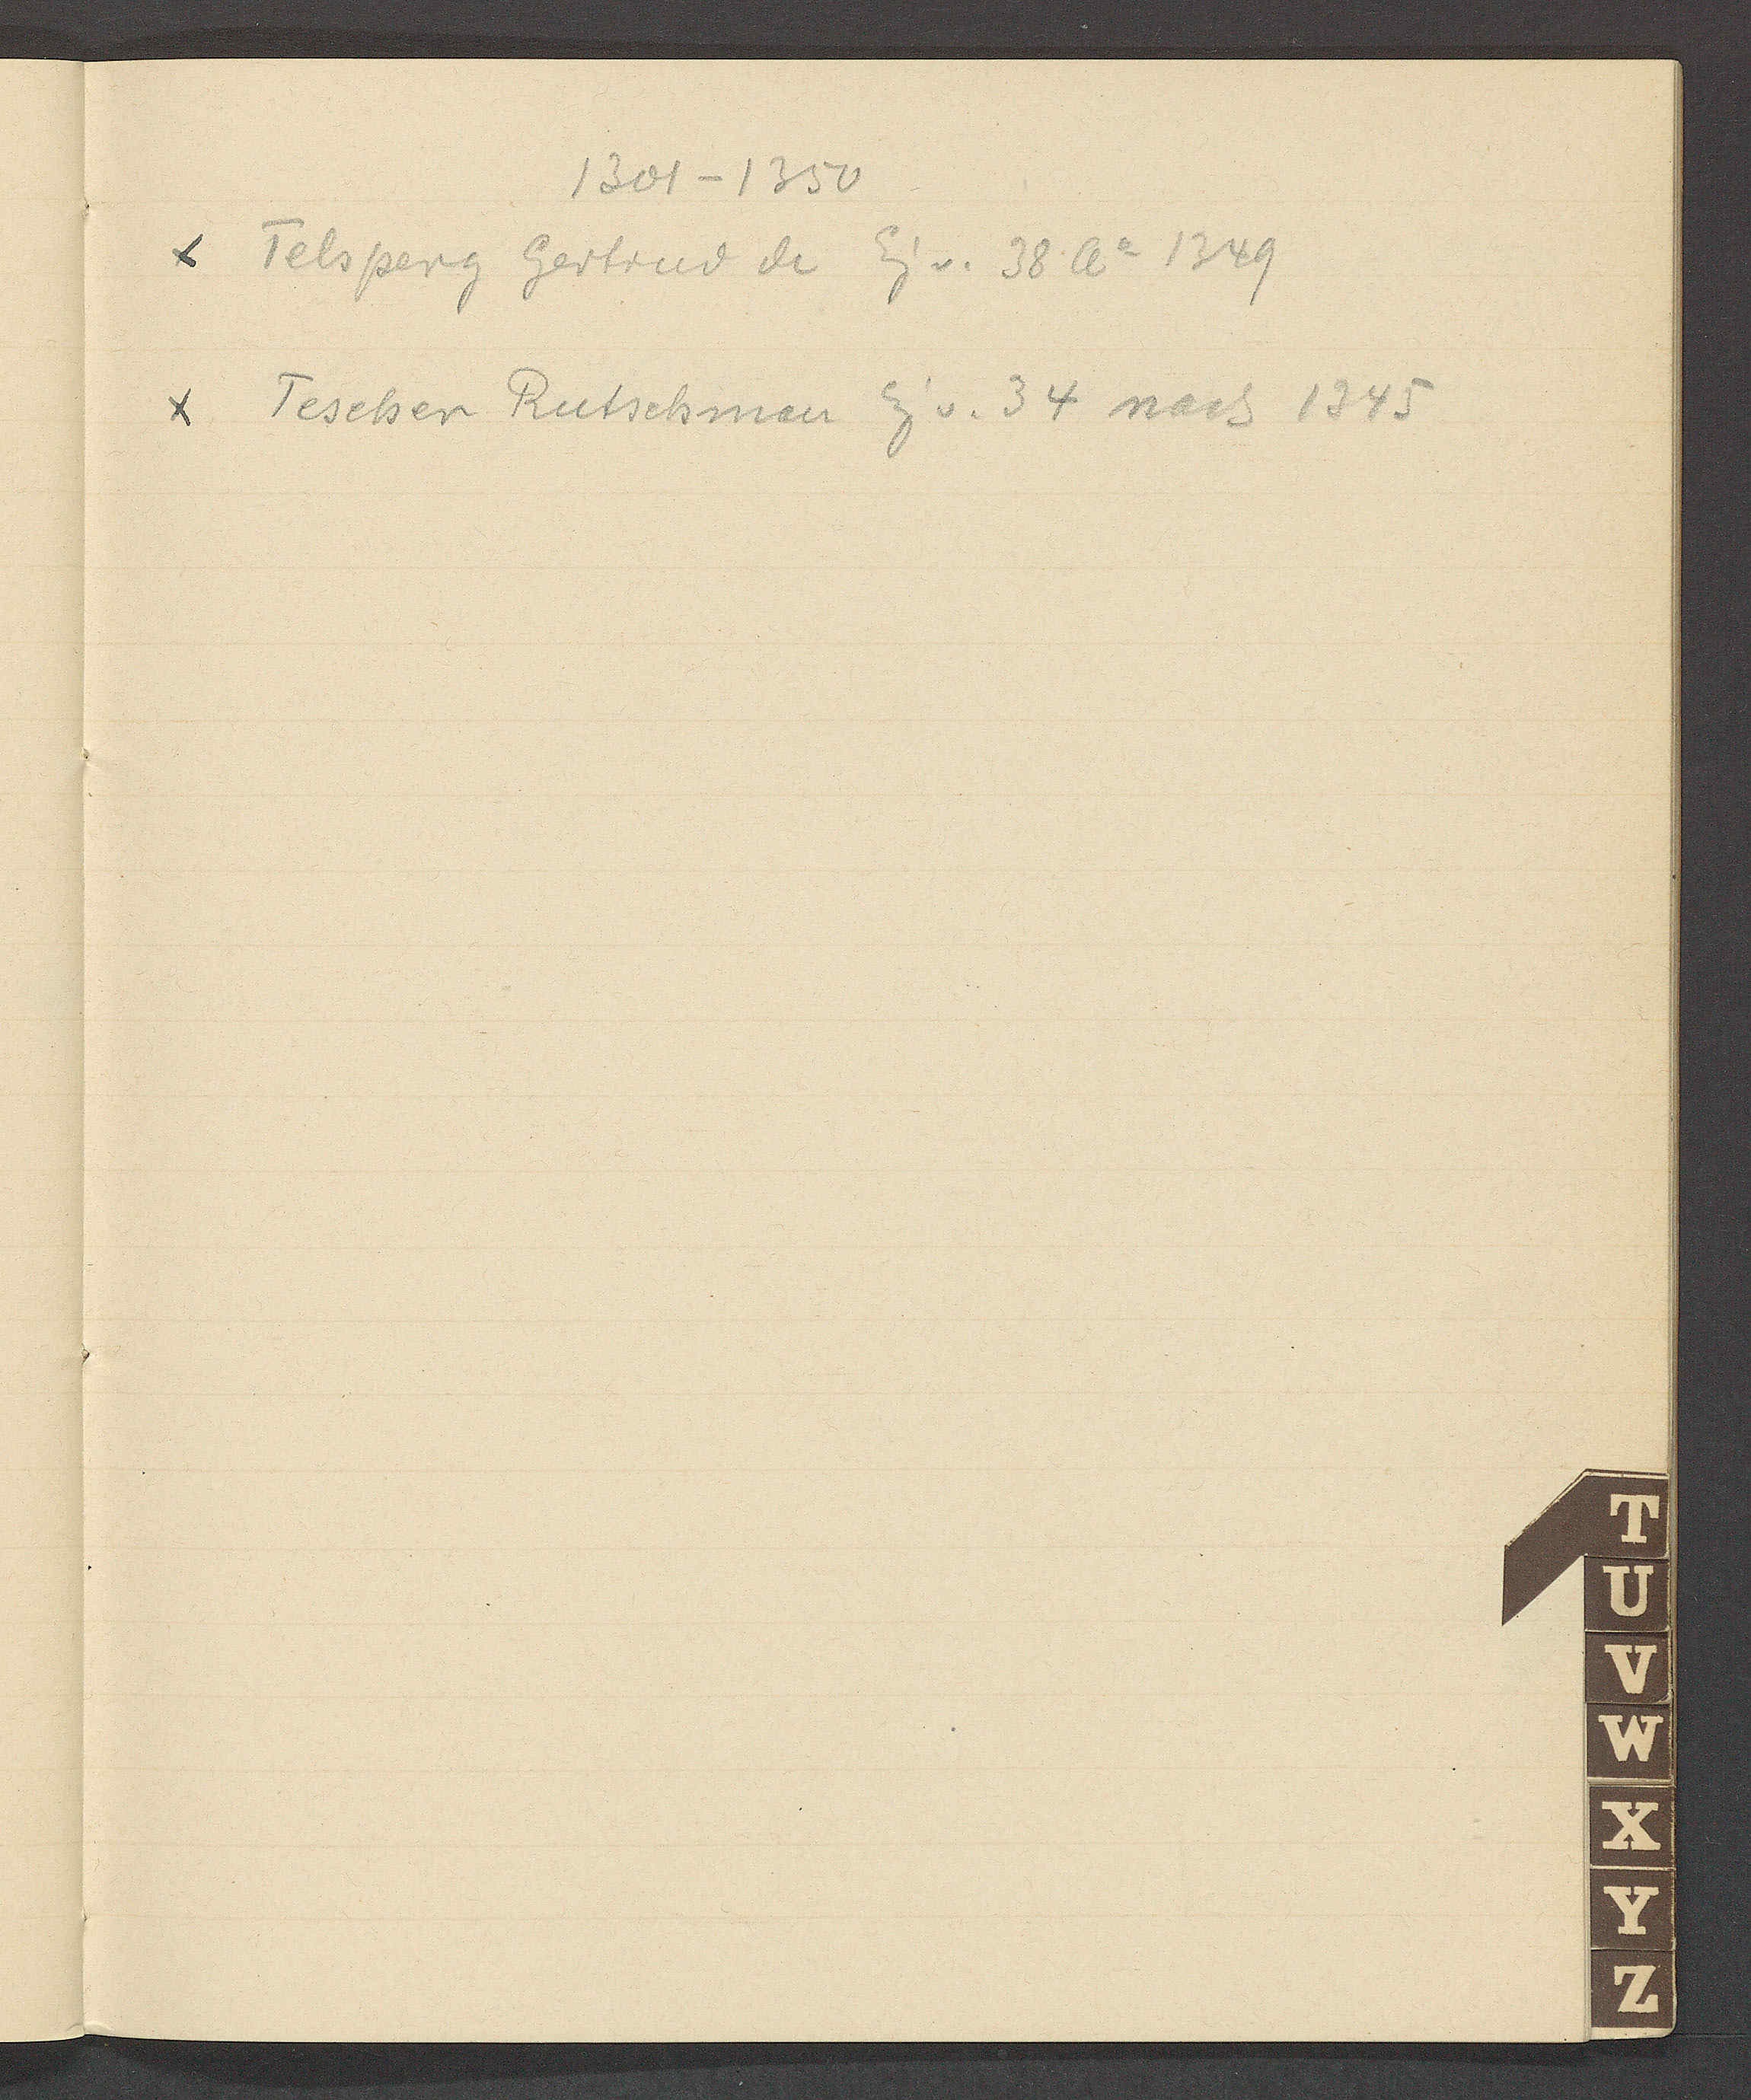
Transcript:
1301 – 1350
Telsperg Gertrud de Eig v. 38 Ao 1349
Tescher Rutschman Eig v. 34 nach 1345